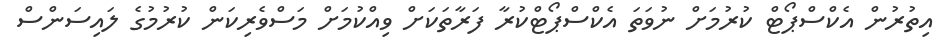
އިތުރުން އެކްސްޕޯޓް ކުރުމަށް ނުވަތަ އެކްސްޕޯޓްކުރާ ފަރާތަކަށް ވިއްކުމަށް މަސްވެރިކަން ކުރުމުގެ ލައިސަންސް